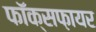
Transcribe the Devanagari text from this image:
फॉक्सफ़ायर